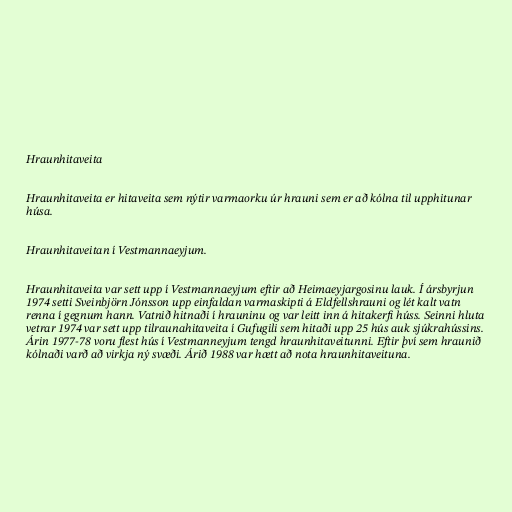
Hraunhitaveita

Hraunhitaveita er hitaveita sem nýtir varmaorku úr hrauni sem er að kólna til upphitunar
húsa.

Hraunhitaveitan í Vestmannaeyjum.

Hraunhitaveita var sett upp í Vestmannaeyjum eftir að Heimaeyjargosinu lauk. Í ársbyrjun
1974 setti Sveinbjörn Jónsson upp einfaldan varmaskipti á Eldfellshrauni og lét kalt vatn
renna í gegnum hann. Vatnið hitnaði í hrauninu og var leitt inn á hitakerfi húss. Seinni hluta
vetrar 1974 var sett upp tilraunahitaveita í Gufugili sem hitaði upp 25 hús auk sjúkrahússins.
Árin 1977-78 voru flest hús í Vestmanneyjum tengd hraunhitaveitunni. Eftir því sem hraunið
kólnaði varð að virkja ný svæði. Árið 1988 var hætt að nota hraunhitaveituna.